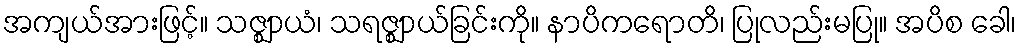
အကျယ်အားဖြင့်။ သဇ္ဈာယံ၊ သရဇ္ဈာယ်ခြင်းကို။ နာပိကရောတိ၊ ပြုလည်းမပြု။ အပိစ ခေါ၊